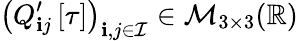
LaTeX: \left(Q_{\mathbf{i}j}^{\prime}\left[\tau\right]\right)_{\mathbf{i},j\in\mathcal{{I}}}\in\mathcal{{M}}_{3\times3}(\mathbb{{R}})